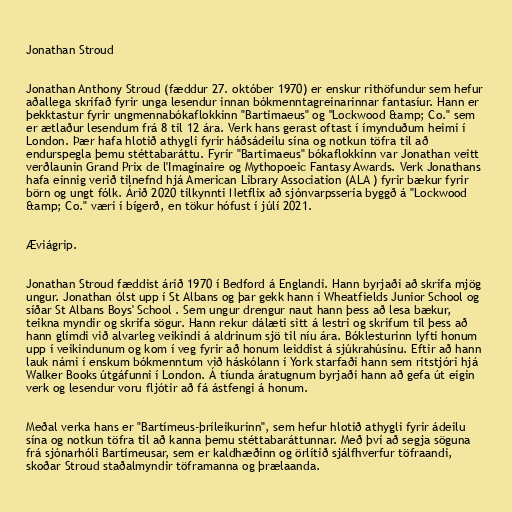
Jonathan Stroud

Jonathan Anthony Stroud (fæddur 27. október 1970) er enskur rithöfundur sem hefur
aðallega skrifað fyrir unga lesendur innan bókmenntagreinarinnar fantasíur. Hann er
þekktastur fyrir ungmennabókaflokkinn "Bartimaeus" og "Lockwood &amp; Co." sem
er ætlaður lesendum frá 8 til 12 ára. Verk hans gerast oftast í ímynduðum heimi í
London. Þær hafa hlotið athygli fyrir háðsádeilu sína og notkun töfra til að
endurspegla þemu stéttabaráttu. Fyrir "Bartimaeus" bókaflokkinn var Jonathan veitt
verðlaunin Grand Prix de l'Imaginaire og Mythopoeic Fantasy Awards. Verk Jonathans
hafa einnig verið tilnefnd hjá American Library Association (ALA ) fyrir bækur fyrir
börn og ungt fólk. Árið 2020 tilkynnti Netflix að sjónvarpssería byggð á "Lockwood
&amp; Co." væri í bígerð, en tökur hófust í júlí 2021.

Æviágrip.

Jonathan Stroud fæddist árið 1970 í Bedford á Englandi. Hann byrjaði að skrifa mjög
ungur. Jonathan ólst upp í St Albans og þar gekk hann í Wheatfields Junior School og
síðar St Albans Boys' School . Sem ungur drengur naut hann þess að lesa bækur,
teikna myndir og skrifa sögur. Hann rekur dálæti sitt á lestri og skrifum til þess að
hann glímdi við alvarleg veikindi á aldrinum sjö til níu ára. Bóklesturinn lyfti honum
upp í veikindunum og kom í veg fyrir að honum leiddist á sjúkrahúsinu. Eftir að hann
lauk námi í enskum bókmenntum við háskólann í York starfaði hann sem ritstjóri hjá
Walker Books útgáfunni í London. Á tíunda áratugnum byrjaði hann að gefa út eigin
verk og lesendur voru fljótir að fá ástfengi á honum.

Meðal verka hans er "Bartímeus-þríleikurinn", sem hefur hlotið athygli fyrir ádeilu
sína og notkun töfra til að kanna þemu stéttabaráttunnar. Með því að segja söguna
frá sjónarhóli Bartímeusar, sem er kaldhæðinn og örlítið sjálfhverfur töfraandi,
skoðar Stroud staðalmyndir töframanna og þrælaanda.